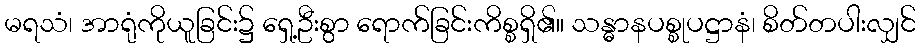
မရသံ၊ အာရုံကိုယူခြင်း၌ ရှေ့ဦးစွာ ရောက်ခြင်းကိစ္စရှိ၏။ သန္ဓာနပစ္စုပဋ္ဌာနံ၊ စိတ်တပါးလျှင်